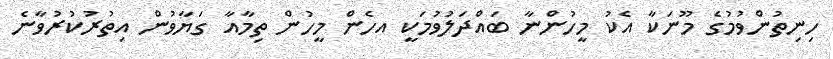
ހިނިތުންވުމުގެ މޫނަކާ އެކު މީހުންނާ ބައްދަލުވުމަކީ އހެެން މީހުން ތިމާއާ ގަޔާވުން އިތުރުކުރުވާނެ